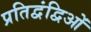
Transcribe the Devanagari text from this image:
प्रतिद्वंद्विओं